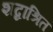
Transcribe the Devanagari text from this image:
शब्दाश्रित